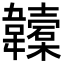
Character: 𩏮